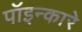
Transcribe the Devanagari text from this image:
पॉइन्कारे